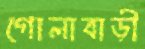
গোলাবাড়ী